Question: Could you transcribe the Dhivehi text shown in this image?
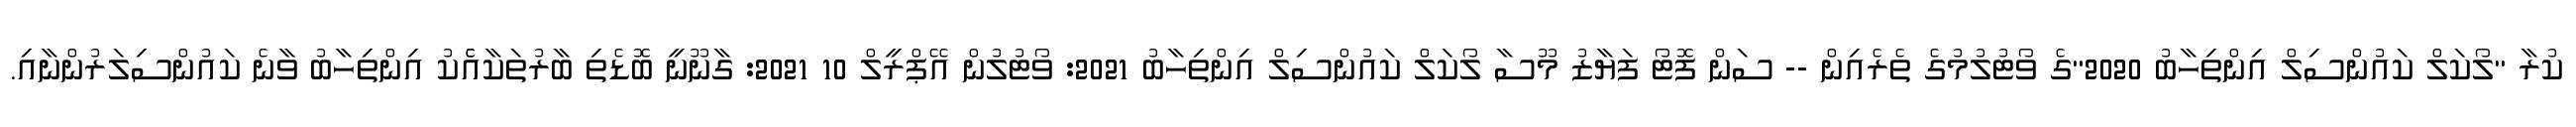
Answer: ކުރާ "ލޯކަލް ކައުންސިލް އިންތިހާބު 2020"ގެ ވޯޓުލުމުގެ ތެރެއިން -- ސަން ފޮޓޯ ފަޔާޒު މޫސާ ލޯކަލް ކައުންސިލް އިންތިހާބު 2021: ވޯޓުލުން އޭޕްރީލް 10 2021: ގާނޫނީ ބޮޑެތި ބާރުތަކާއެެކު އިންތިހާބު ވާނެ ކައުންސިލަރުންނާއި.